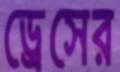
ড্রেসের